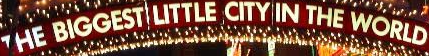
HE BIGGEST LITTLE CITY IN THE WORLD